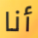
أنا